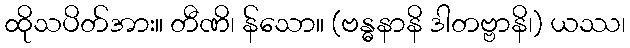
ထိုသပိတ်အား။ တီဏိ၊ န်သော။ (ဗန္ဓနာနိ ဒါတဗ္ဗာနိ၊) ယဿ၊